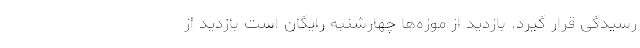
رسیدگی قرار گیرد. بازدید از موزه‌ها چهارشنبه رایگان است بازدید از